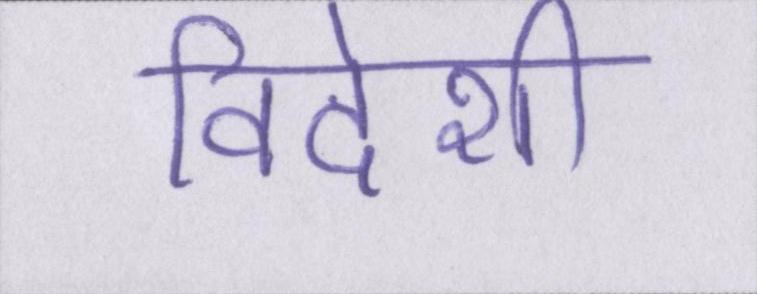
विदेशी